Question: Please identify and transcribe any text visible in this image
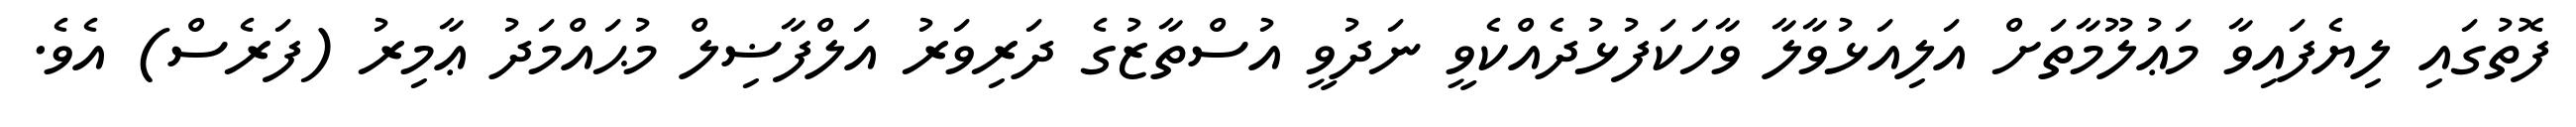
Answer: ފޮތުގައި ލިޔެފައިވާ މަޢުލޫމާތަށް އަލިއަޅުވާލާ ވާހަކަފުޅުދެއްކެވީ ނަދުވީ އުސްތާޒުގެ ދަރިވަރު އަލްފާޟިލް މުޙައްމަދު ޢާމިރު (ފަރެސް) އެވެ.